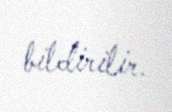
bildirilir.